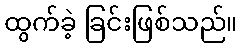
ထွက်ခဲ့ ခြင်းဖြစ်သည်။